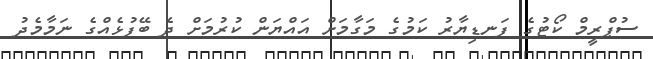
ސުޕްރީމް ކޯޓުގެ ފަނޑިޔާރު ކަމުގެ މަގާމަށް އައްޔަން ކުރުމަށް ދެ ބޭފުޅެއްގެ ނަމާމެދު